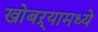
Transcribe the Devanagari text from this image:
खोबऱ्यामध्ये